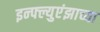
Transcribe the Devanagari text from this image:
इन्फ्ल्युएंझाच्या